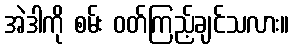
အဲဒါကို စမ်း ဝတ်ကြည့်ချင်သလား။